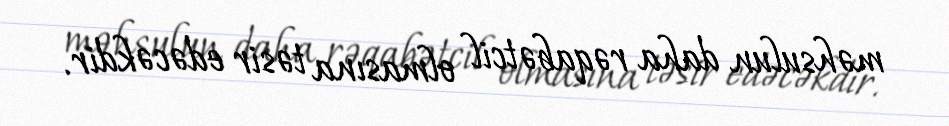
məhsulun daha rəqabətcil olmasına təsir edəcəkdir.